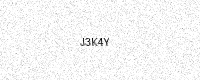
Text: J3K4Y